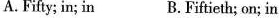
A.Fifty; in; in B. Fiftieth; on; in